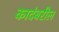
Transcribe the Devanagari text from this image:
कादंबरील